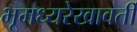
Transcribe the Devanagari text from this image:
भूमध्यरेखावर्ती